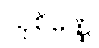
သုစိဏ္ဏေ